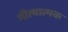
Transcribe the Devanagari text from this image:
गीत्यात्मक